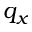
q _ { x }